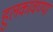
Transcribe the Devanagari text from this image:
हुलकावण्या